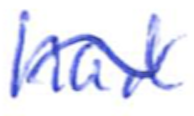
Text: had
Cross-out: wave
Writing tool: ballpoint